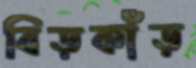
বিড়কাঁড়